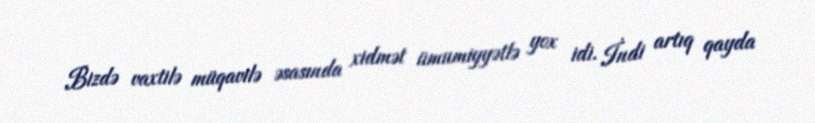
Bizdə vaxtilə müqavilə əsasında xidmət ümumiyyətlə yox idi. İndi artıq qayda